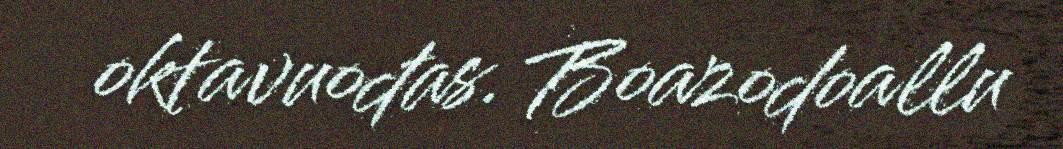
oktavuođas. Boazodoallu